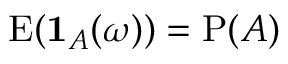
\operatorname { E } ( \mathbf { 1 } _ { A } ( \omega ) ) = \operatorname { P } ( A )